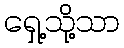
ရှေ့သို့သာ